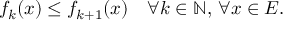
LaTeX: f _ { k } ( x ) \leq f _ { k + 1 } ( x ) \quad \forall k \in \mathbb { N } , \, \forall x \in E .